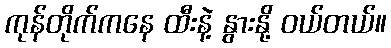
ကုန်တိုက်ကနေ ထီးနဲ့ နွားနို့ ဝယ်တယ်။